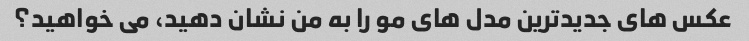
عکس های جدیدترین مدل های مو را به من نشان دهید، می خواهید؟